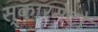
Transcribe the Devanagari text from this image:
स्कारमेंटो